Civil Veterinary Department Bengal reports 1933-51 - 1933-1951
Year: 1933
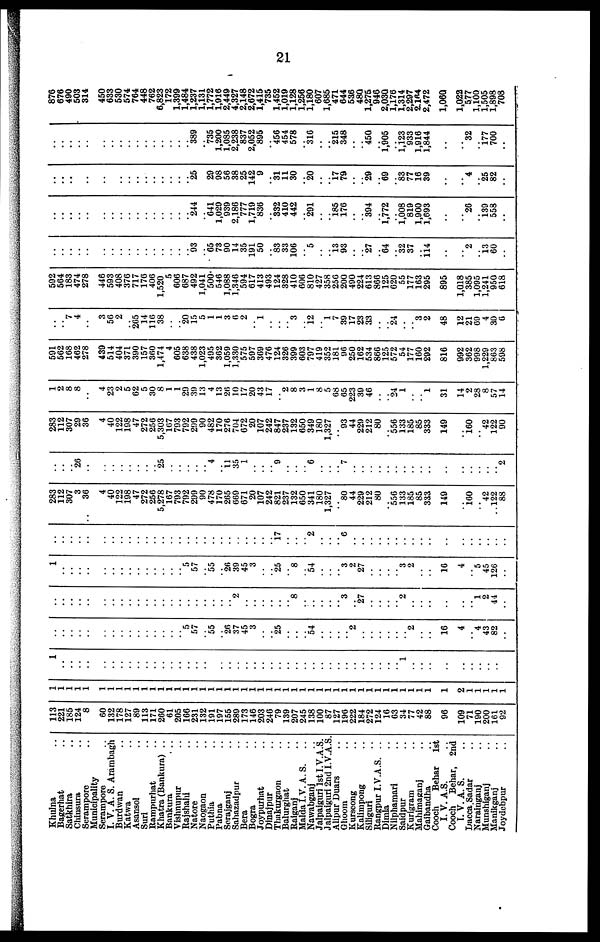
21
Khulna ..
Bagerhat ..
Satkhira ..
Chinsura ..
Serampore ..
Municipality
Serampore ..
I. V. A. S. Arambagh
Burdwan ..
Katwa ..
Asansol ..
Suri ..
Rampurhat ..
Khatra (Bankura) ..
Bankura ..
Vishnupur ..
Rajshahi ..
Natore ..
Naogaon ..
Puthia ..
Pabna ..
Serajganj ..
Sahazadpur ..
Bera ..
Bogra ..
Joypurhat ..
Dinajpur ..
Thakurgaon ..
Balurghat ..
Raiganj ..
Malda I.V. A. S. ..
Nawabganj ..
Jalpaiguri 1st I.V.A.S.
Jalpaiguri 2nd I.V.A.S.
Alipur Duars ..
Ghoom ..
Kurseong ..
Kalimpong ..
Siliguri ..
Rangpur I.V.A.S. ..
Dimla ..
Nilphamari ..
Saidpur ..
Kurigram ..
Mahimaganj ..
Gaibandha ..
Cooch
Behar
1st
I. V. A.S.
Cooch Behar, 2nd
I. V. A. S.
Dacca Sadar ..
Narainganj ..
Munshiganj ..
Manikganj ..
Joydebpur ..
113
221
185
124
8
60
132
178
127
89
113
171
260
61
205
166
231
132
191
197
155
289
173
146
203
246
79
139
207
245
138
100
87
127
196
222
184
272
124
16
63
34
77
42
88
96
109
71
190
200
161
92
1
1
1
1
1
1
1
1
1
1
1
1
1
1
1
1
1
1
1
1
1
1
1
1
1
1
1
1
1
1
1
1
1
1
1
1
1
1
1
1
1
1
1
1
1
1
2
1
1
1
1
1
1
..
..
..
..
..
..
..
..
..
..
..
..
..
..
..
..
..
..
..
..
..
..
..
..
..
..
..
..
..
..
..
..
..
..
..
..
..
..
..
.. 1
..
..
..
..
..
..
..
..
..
..
..
..
..
..
..
..
..
..
..
..
..
..
..
.. 5
57
.. 55
.. 26
37
45
3
..
.. 25
..
..
.. 54
..
..
..
.. 2
..
..
..
..
..
.. 2
..
..
16
4
.. 4
43
82
..
..
..
..
..
..
..
..
..
..
..
..
..
..
..
..
..
..
..
..
..
.. 2
..
..
..
..
..
.. 8
..
..
..
..
.. 3
.. 27
..
..
..
.. 2
..
..
..
..
..
.. 1 2
44
..
1
..
..
..
..
..
..
..
..
..
..
..
..
..
.. 5
57
.. 55
.. 26
39
45
3
..
.. 25
.. 8
.. 54
..
..
.. 3
2
27
..
..
..
.. 3
2
..
..
16
4
.. 5
45
126
..
..
..
..
..
..
..
..
..
..
..
..
..
..
..
..
..
..
..
..
..
..
..
..
..
..
.. 17
..
..
.. 2
..
..
.. 6
..
..
..
..
..
..
..
..
..
..
..
..
..
..
..
.. ..
283
112
307
3
..
36
4
40
122
198
47
272
256
5,278
167
793
792
299
90
478
170
265
669
671
20
107
242
821
237
132
650
341
180
1,327
.. 80
44
229
212
80
.. 556
133
185
85
333
149
.. 160
.. 42
..122
88
..
..
.. 26
..
..
..
..
..
..
..
.. 25
..
..
..
..
.. 4
.. 11
35
1
..
..
.. 9
..
..
.. 6
..
..
.. 7
..
..
..
..
..
..
..
..
..
..
..
..
..
..
..
2
283
112
307
29
36
4
40
122
198
47
272
256
5,303
167
793
792
299
90
482
170
276
704
672
20
107
242
847
237
132
650
349
180
1,327
.. 93
44
229
212
80
.. 556
133
185
85
333
149
.. 160
.. 42
122
90
1
2
8
8
..
4
23
2
5
62
5
30
8
1
1
29
39
13
4
13
26
10
17
20
43
17
.. 2
8
3
1
8
5
68
65
223
39
46
..
.. 24
1
..
.. 1
31
14
2
28
8
57
14
591
562
168
462
278
439
514
404
371
390
157
360
1,474
4
605
638
438
1,023
495
362
1,059
1,330
575
597
369
476
124
326
399
603
797
419
352
181
96
250
162
534
866
125
572
54
177
160
292
816
992
362
998
1,229
863
598
..
.. 7
4
..
3
56
2
.. 265
14
116
38
..
.. 20
15
5
1
1
3
6
2
.. 1
..
..
.. 3
.. 12
.. 1
7
39
17
23
33
..
.. 24
..
.. 3
2
48
12
21
69
4
30
6
592
564
183
474
278
446
593
408
376
717
176
406
1,520
5
606
687
492
1,041
500
546
1,088
1,346
594
617
413
493
124
328
410
606
810
427
358
256
200
490
224
613
866
125
620
55
177
163
295
895
1,018
385
1,095
1,241
950
618
..
..
..
..
..
..
..
..
..
..
..
..
..
..
..
.. 93
.. 65
73
90
14
35
191
50
.. 83
33
106
.. 5
..
.. 13
93
..
.. 27
.. 64
32
37
.. 114
..
.. 2
.. 13
60
..
..
..
..
..
..
..
..
..
..
..
..
..
..
..
..
.. 244
.. 641
1,029
939
2,186
777
1,719
836
.. 332
410
442
.. 291
..
.. 185
176
..
.. 394
.. 1,772
1,008
819
1,900
1,693
..
.. 26
.. 139
558
..
..
..
..
..
..
..
..
..
..
..
..
..
..
..
..
.. 25
.. 29
98
56
38
25
142
9
.. 31
11
30
.. 20
..
.. 17
79
..
.. 29
.. 69
83
77
16
39
..
.. 4
.. 25
82
..
..
..
..
..
..
..
..
..
..
..
..
..
..
..
..
.. 389
.. 735
1,200
1,085
2,238
837
2,052
895
.. 456
454
578
.. 316
..
.. 215
348
..
.. 450
.. 1,905
1,123
933
1,916
1,844
..
.. 32
.. 177
700
..
876
676
490
503
314
450
633
530
574
764
448
762
6,823
172
1,399
1,484
1,237
1,131
1,772
1,916
2,449
4,327
2,148
2,672
1,415
735
1,452
1,019
1,128
1,256
1,180
607
1,685
471
644
536
480
1,275
946
2,030
1,176
1,314
2,297
2,164
2,472
1,060
1,022
5,77
1,100
1,505
1,898
708